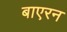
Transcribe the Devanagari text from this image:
बाएरन